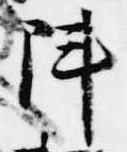
陣